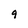
Character: 9